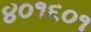
૪૦૧૬૦૧